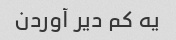
یه کم دیر آوردن